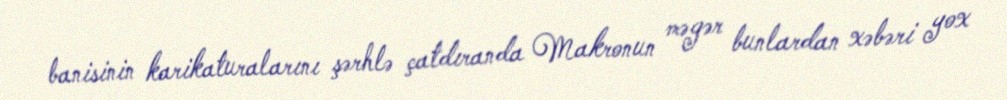
banisinin karikaturalarını şərhlə çatdıranda Makronun məgər bunlardan xəbəri yox